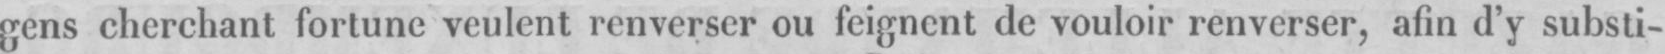
gens cherchant fortune veulent renverser ou feignent de vouloir renverser, afin d’y substi-